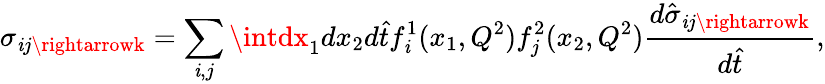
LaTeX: \sigma_{\mathit{i}j\rightarrowk}=\sum_{\mathit{i},j}\intdx_{1}dx_{2}d{\hat{{t}}}f_{\mathit{i}}^{1}(x_{1},Q^{2})f_{j}^{2}(x_{2},Q^{2}){\frac{{d{\hat{{\sigma}}}_{\mathit{i}j\rightarrowk}}}{{d{\hat{{t}}}}}},